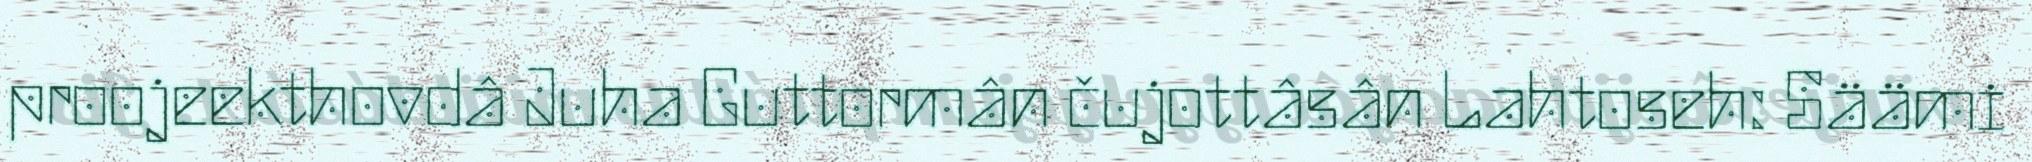
proojeekthovdâ Juha Guttormân čujottâsân Lahtoseh: Säämi